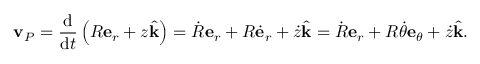
\mathbf { v } _ { P } = { \frac { \mathrm { d } } { { \mathrm { d } } t } } \left( R \mathbf { e } _ { r } + z { \hat { \mathbf { k } } } \right) = { \dot { R } } \mathbf { e } _ { r } + R { \dot { \mathbf { e } } } _ { r } + { \dot { z } } { \hat { \mathbf { k } } } = { \dot { R } } \mathbf { e } _ { r } + R { \dot { \theta } } \mathbf { e } _ { \theta } + { \dot { z } } { \hat { \mathbf { k } } } .